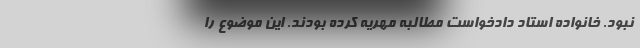
نبود. خانواده استاد دادخواست مطالبه مهریه کرده بودند. این موضوع را